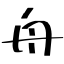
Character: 舟